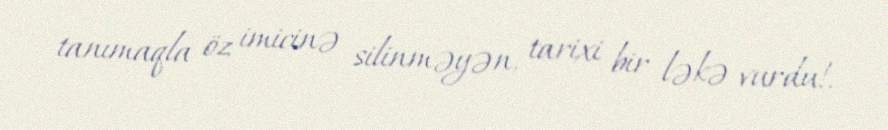
tanımaqla öz imicinə silinməyən, tarixi bir ləkə vurdu!.